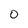
Character: 0